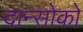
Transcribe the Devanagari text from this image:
दान्सोको